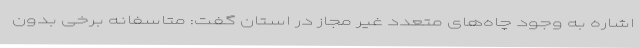
اشاره به وجود چاه‌های متعدد غیر مجاز در استان گفت: متاسفانه برخی بدون